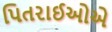
પિતરાઈઓએ